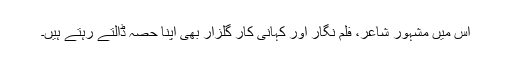
اس میں مشہور شاعر، فلم نگار اور کہانی کار گلزار بھی اپنا حصہ ڈالتے رہتے ہیں۔